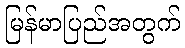
မြန်မာပြည်အတွက်